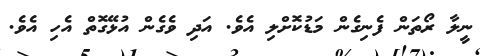
ނީލާ ރޯތަން ފެނިގެން މަޑުކޮށްލި އެވެ. އަދި ވެގެން އުޅޭގޮތް އެހި އެވެ.